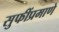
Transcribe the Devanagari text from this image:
सुफींप्रमाणे